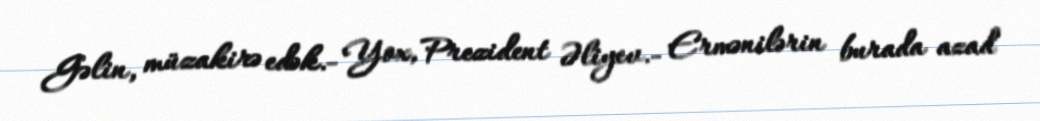
Gəlin, müzakirə edək.- Yox, Prezident Əliyev.- Ermənilərin burada azad